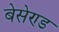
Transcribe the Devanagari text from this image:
बेसेण्ड